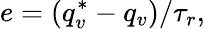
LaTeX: e=(q_{v}^{*}-q_{v})/\tau_{r},